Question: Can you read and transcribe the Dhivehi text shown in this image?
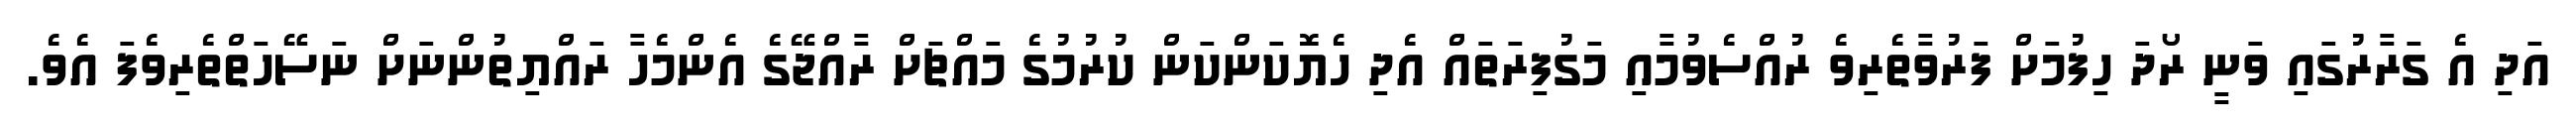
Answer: އަދި އެ ގަރާރުގައި ވަނީ ރޯދަ ހިފުމަށް ފަރުވާތެރިވެ ރުއްސެވުމާއި މަގުފިރަތައް އެދި ހެޔޮކަންކަން ކުރުމުގެ މައްޗަށް ރާއްޖޭގެ އެންމެހާ ރައްޔިތުންނަށް ނަސޭހަތްތެރިވެފަ އެވެ.